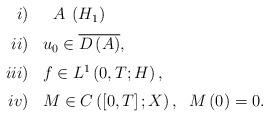
LaTeX: \begin{align*}\begin{array}[c]{rl}i)& \ \;A\,\;(H_{1})\medskip\\ii)& u_{0}\in\overline{D\left( A\right) },\medskip\\iii)& f\in L^{1}\left( 0,T;H\right) ,\medskip\\iv)& M\in C\left( \left[ 0,T\right] ;X\right) ,\;\;M\left(0\right) =0.\end{array}\ \end{align*}